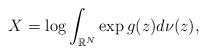
LaTeX: \begin{align*}X = \log \int_{\mathbb{R}^N} \exp g(z) d \nu (z),\end{align*}